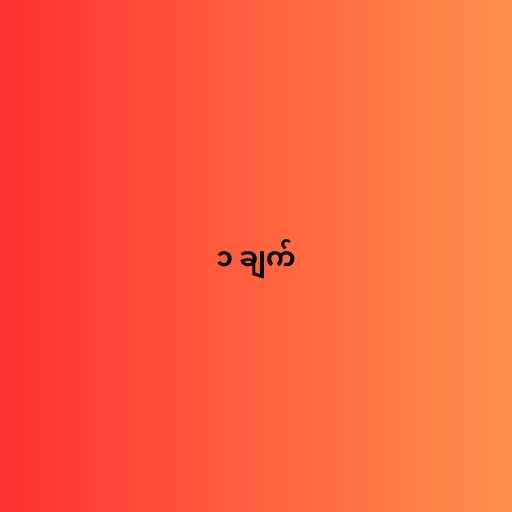
၁ ချက်